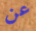
عن